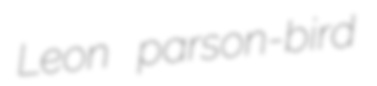
Leon parson-bird